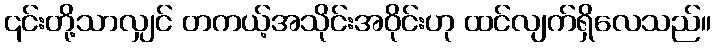
၎င်းတို့သာလျှင် တကယ့်အသိုင်းအဝိုင်းဟု ထင်လျက်ရှိလေသည်။